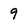
Character: 9